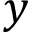
y